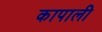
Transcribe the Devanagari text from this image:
कापाली